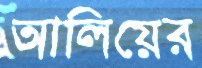
আলিয়ের